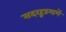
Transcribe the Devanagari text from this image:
सदरहूप्रमाणें